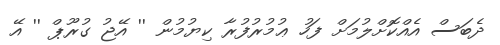
ދެބަސް އެއްކޮށްލުމަށް ފަހު ޢުމުރުފުރާ ކިޔުމުން '' އޭޖު ގުރޫޕް '' އޭ